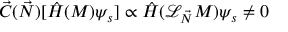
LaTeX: { \vec { C } } ( { \vec { N } } ) [ { \hat { H } } ( M ) \psi _ { s } ] \propto { \hat { H } } ( { \mathcal { L } } _ { \vec { N } } M ) \psi _ { s } \not = 0